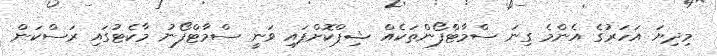
މިދިޔަ އަހަރުގެ އެންމެ ގިނަ ސްމާޓްފޯންތަކެއް ޝިޕްކޮށްފައި ވަނީ ސްމާޓްފޯނު މާކެޓުގައި ރަސްކަން